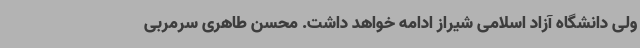
ولی دانشگاه آزاد اسلامی شیراز ادامه خواهد داشت. محسن طاهری سرمربی